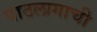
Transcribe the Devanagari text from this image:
पाठलागाची